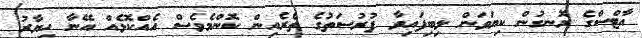
އާޓްސްގެ ރޮނގުން ކިޔަވަން ލިބިފައިވާ ފުރުސަތުގެ ތެރެއިން ކޮންމެވެސް އެއްކޮޅެއް އޭނާ ހިޔާރު